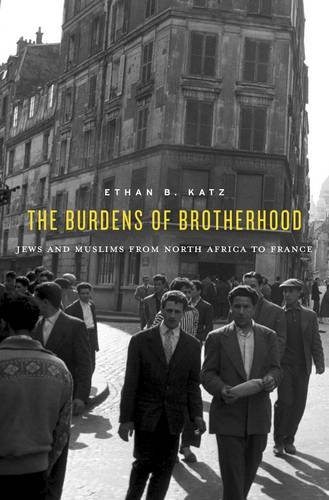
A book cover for The Burdens of Brotherhood: Jews and Muslims from North Africa to France; Ethan B. Katz; Religion & Spirituality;